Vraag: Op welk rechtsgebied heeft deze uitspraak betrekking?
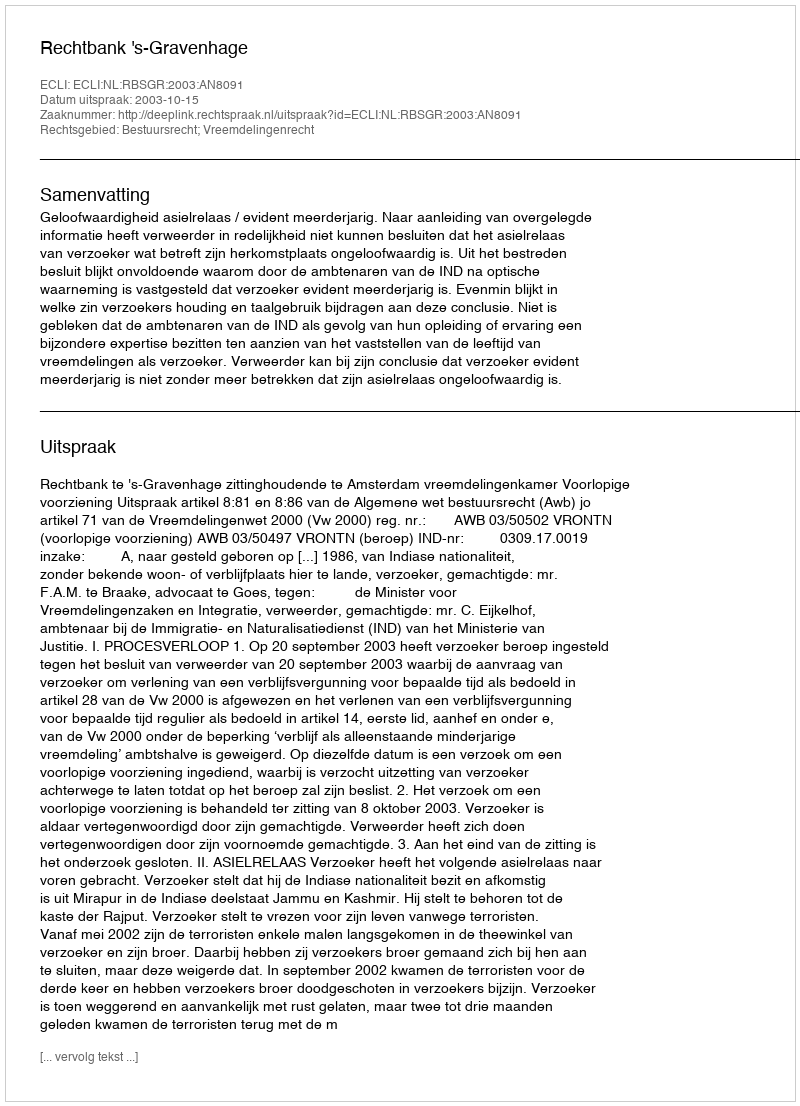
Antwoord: Bestuursrecht; Vreemdelingenrecht